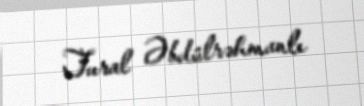
Tural Əbdülrəhmanlı